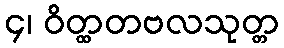
၄၊ ဝိတ္ထတဗလသုတ္တ